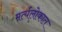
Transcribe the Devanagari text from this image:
मर्त्यलोकात